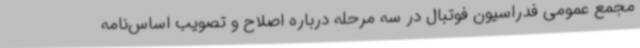
مجمع عمومی فدراسیون فوتبال در سه مرحله درباره اصلاح و تصویب اساس‌نامه